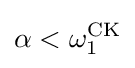
\alpha <\omega _{1}^{\mathrm {CK} }